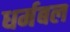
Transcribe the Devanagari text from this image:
धर्मबल